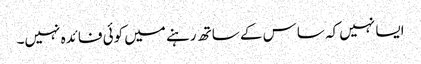
ایسا نہیں کہ ساس کے ساتھ رہنے میں کوئی فائدہ نہیں۔